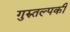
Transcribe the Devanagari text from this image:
गुरुतल्पकी